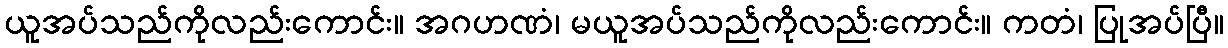
ယူအပ်သည်ကိုလည်းကောင်း။ အဂဟဏံ၊ မယူအပ်သည်ကိုလည်းကောင်း။ ကတံ၊ ပြုအပ်ပြီ။